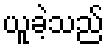
ယူခဲ့သည်